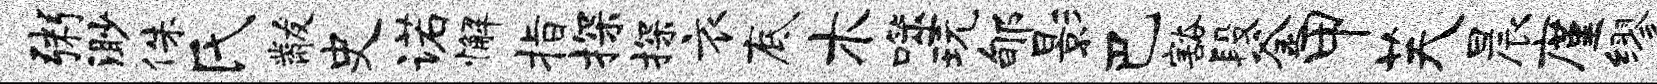
粥渺侏氏黻史诺懈指探探衣底木噬玩郇影巴豁段釜甲芙晨廑缪